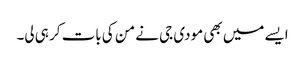
ایسے میں بھی مودی جی نے من کی بات کر ہی لی۔